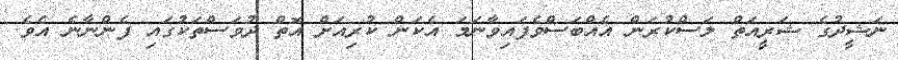
ނަޝީދުގެ ޝަރީއަތް ލަސްކުރަން އެއްބަސްވެފައިވާނަމަ އެކަން ކުރިއަށް އޮތް ދުވަސްތަކުގައި ފެންނާނެ އެވެ.